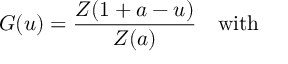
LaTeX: G ( u ) = \frac { Z ( 1 + a - u ) } { Z ( a ) } ~ ~ ~ \mathrm { w i t h } ~ ~ ~